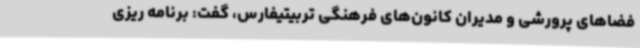
فضاهای پرورشی و مدیران کانون‌های فرهنگی تربیتیفارس، گفت: برنامه ریزی